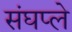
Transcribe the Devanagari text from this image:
संघप्ले